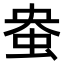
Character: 𫊭